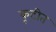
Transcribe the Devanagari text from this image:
कूटीत